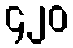
၄၂၀